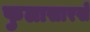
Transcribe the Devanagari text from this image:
फुलासारखे